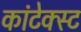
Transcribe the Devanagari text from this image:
कांटेक्स्ट